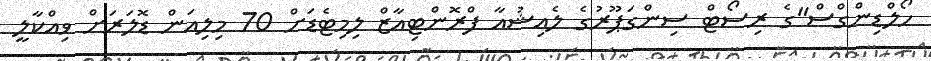
ހޯލްޑިންގްސް"ގެ ރިސޯޓް ސިންގަޕޫރުގެ ލެއިޝުއާ ފްރޮންޓިއާޒް ލިމިޓެޑަށް 70 މިލިއަން ޑޮލަރަށް ވިއްކާލީ